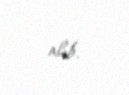
alıb.